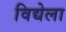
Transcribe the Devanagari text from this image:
विद्येला